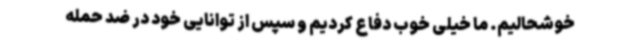
خوشحالیم. ما خیلی خوب دفاع کردیم و سپس از توانایی خود در ضد حمله